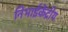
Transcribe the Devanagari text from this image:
निभाईकेंद्रीय